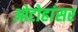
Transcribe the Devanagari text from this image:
ओटोहांसर